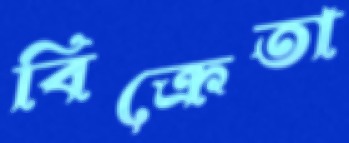
বিক্রেতা